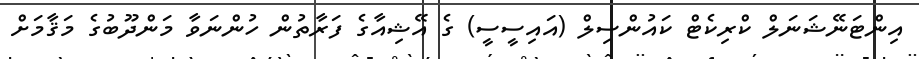
އިންޓަނޭޝަނަލް ކްރިކެޓް ކައުންސިލް (އައިސީސީ) ގެ އޭޝިއާގެ ފަރާތުން ހުންނަވާ މަންދޫބުގެ މަޤާމަށް